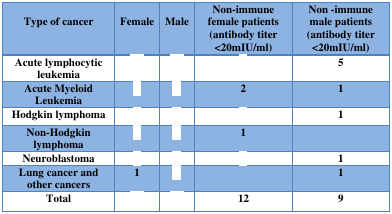
<table><thead><tr><td><b>Type of cancer</b></td><td><b>Female</b></td><td><b>Male</b></td><td><b>Non-immune female patients (antibody titer &lt;20mIU/ml)</b></td><td><b>Non -immune male patients (antibody titer &lt;20mIU/ml)</b></td></tr></thead><tbody><tr><td>Acute lymphocytic leukemia</td><td>[EMPTY_CELL]</td><td>[EMPTY_CELL]</td><td>[EMPTY_CELL]</td><td><b>5</b></td></tr><tr><td>Acute Myeloid Leukemia</td><td>[EMPTY_CELL]</td><td>[EMPTY_CELL]</td><td><b>2</b></td><td><b>1</b></td></tr><tr><td>Hodgkin lymphoma</td><td>[EMPTY_CELL]</td><td>[EMPTY_CELL]</td><td>[EMPTY_CELL]</td><td><b>1</b></td></tr><tr><td>Non-Hodgkin lymphoma</td><td>[EMPTY_CELL]</td><td>[EMPTY_CELL]</td><td><b>1</b></td><td>[EMPTY_CELL]</td></tr><tr><td>Neuroblastoma</td><td>[EMPTY_CELL]</td><td>[EMPTY_CELL]</td><td>[EMPTY_CELL]</td><td><b>1</b></td></tr><tr><td>Lung cancer and other cancers</td><td><b>1</b></td><td>[EMPTY_CELL]</td><td>[EMPTY_CELL]</td><td><b>1</b></td></tr><tr><td>Total</td><td>[EMPTY_CELL]</td><td>[EMPTY_CELL]</td><td><b>12</b></td><td><b>9</b></td></tr></tbody></table>